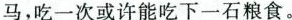
马，吃-次或许能吃下一石粮食。